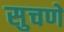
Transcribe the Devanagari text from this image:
सुचणे